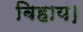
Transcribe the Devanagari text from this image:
बिहाय।